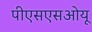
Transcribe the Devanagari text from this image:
पीएसएसओयू